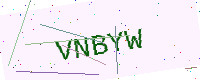
Text: VNBYW